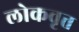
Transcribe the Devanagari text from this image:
लोकवृत्त